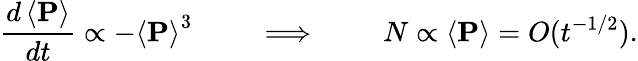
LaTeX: \frac{d\left<\mathbf{P}\right>}{dt}\propto-\left<\mathbf{P}\right>^{3}\qquad\implies\qquad N\propto\left<\mathbf{P}\right>=O(t^{-1/2}).